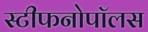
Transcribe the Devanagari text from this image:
स्टीफनोपॉलस